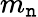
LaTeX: m_{\mathtt{n}}